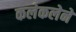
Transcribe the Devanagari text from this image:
कलेकलेने